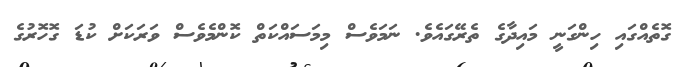
ގޮތެއްގައި ހިންގަނީ މައިދާގެ ތެރޭގައެވެ. ނަމަވެސް މިމަސައްކަތް ކޮންމެވެސް ވަރަކަށް ކުޑަ ގޮހޮރުގެ